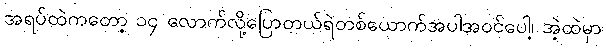
အရပ်ထဲကတော့ ၁၄ လောက်လို့ပြောတယ်ရဲတစ်ယောက်အပါအဝင်ပေါ့၊ အဲ့ထဲမှာ